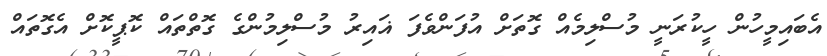
އެބައިމީހުން ހީކުރަނީ މުސްލިމެއް ގޮތަށް އުފަންވެފަ ޣައިރު މުސްލިމުންގެ ގޮތްތައް ކޮޕީކޮށް އެގޮތައް